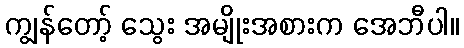
ကျွန်တော့် သွေး အမျိုးအစားက အေဘီပါ။